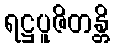
ရဋ္ဌပူဇိတန္တိ